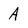
Character: A